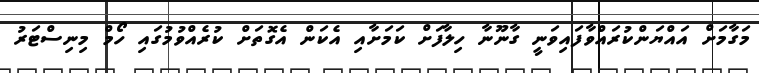
މަގާމަށް އައްޔަންކުރައްވާފައިވަނީ ގާނޫނާ ހިލާފަށް ކަމަށާއި އެކަން އެގޮތަށް ކުރެއްވުމުގައި ހޯމް މިނިސްޓަރު